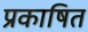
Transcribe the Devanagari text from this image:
प्रकाषित